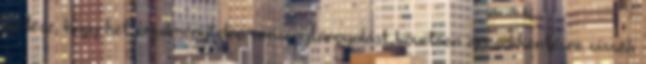
az lesz, hogy két eredménytelen versenytárgyalást követően árcsökkentésre vissza